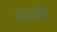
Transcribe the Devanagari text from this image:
मारगॉट